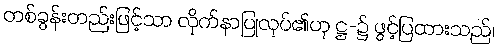
တစ်ခွန်းတည်းဖြင့်သာ လိုက်နာပြုလုပ်၏ဟု ဋ္ဌ-၌ ဖွင့်ပြထားသည်၊